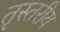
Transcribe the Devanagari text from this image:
तृस्तरीय